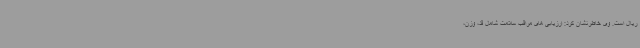
ریال است. وی خاطرنشان کرد: ارزیابی های مراقب سلامت شامل قد، وزن،